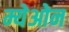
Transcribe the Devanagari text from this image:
म्येओन